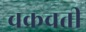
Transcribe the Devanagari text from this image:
चक्रचती